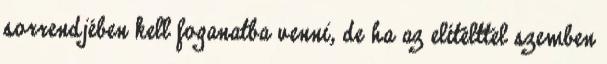
sorrendjében kell foganatba venni, de ha az elítélttel szemben